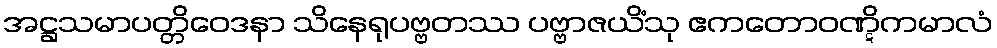
အဋ္ဌသမာပတ္တိဝေဒနာ သိနေရုပဗ္ဗတဿ ပဗ္ဗာဇယိံသု ဧကတောဝဏ္ဋိကမာလံ